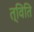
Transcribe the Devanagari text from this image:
त्विति